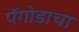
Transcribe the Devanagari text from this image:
पॅगोडाचा